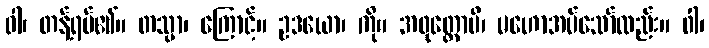
ဝါ၊ တန့်ရပ်၏။ တသ္မာ၊ ကြောင့်။ ဥဒယော၊ ကို။ အဝုတ္တောပိ၊ မဟောအပ်သော်လည်း။ ဝါ၊